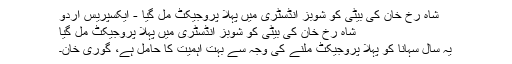
شاہ رخ خان کی بیٹی کو شوبز انڈسٹری میں پہلا پروجیکٹ مل گیا - ایکسپریس اردو
شاہ رخ خان کی بیٹی کو شوبز انڈسٹری میں پہلا پروجیکٹ مل گیا
یہ سال سہانا کو پہلا پروجیکٹ ملنے کی وجہ سے بہت اہمیت کا حامل ہے، گوری خان۔